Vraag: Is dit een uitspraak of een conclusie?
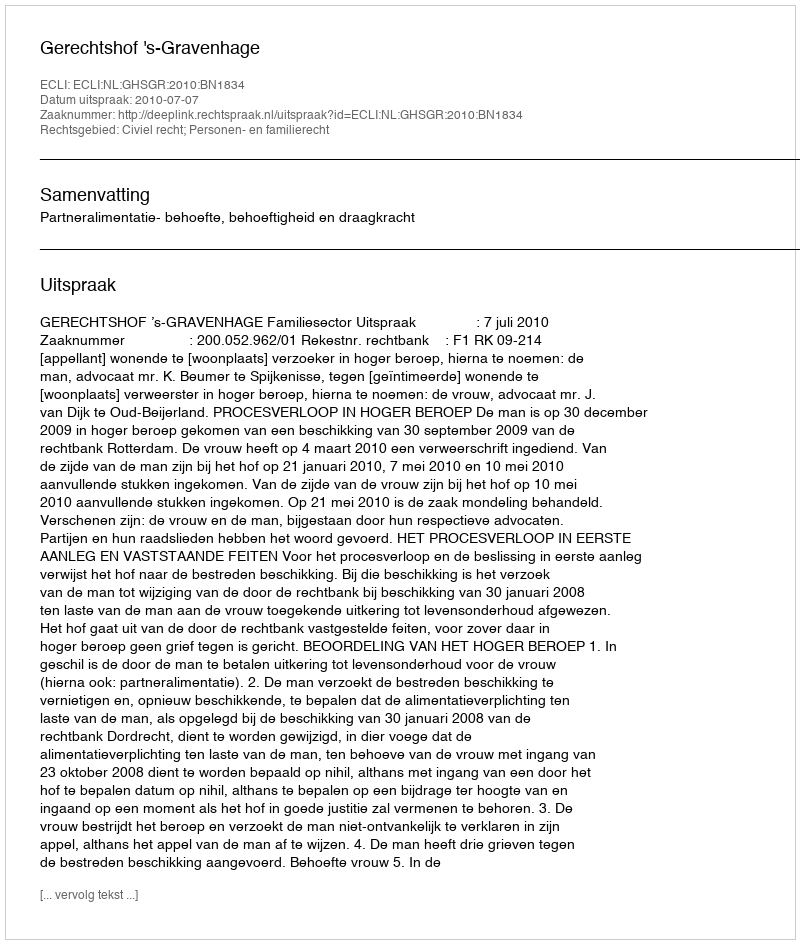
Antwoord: Uitspraak